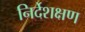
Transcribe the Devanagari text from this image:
निर्देशक्षण